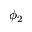
\phi _ { 2 }